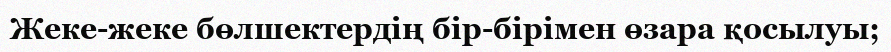
Жеке-жеке бөлшектердің бір-бірімен өзара қосылуы;